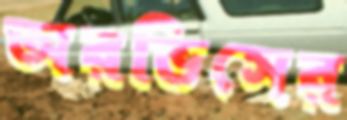
অরভিসের